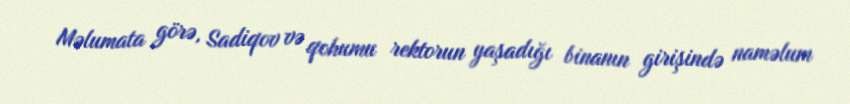
Məlumata görə, Sadiqov və qohumu rektorun yaşadığı binanın girişində naməlum